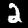
Label: 2